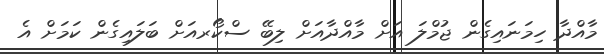
މާއްދާ ހިމަނައިގެން ޖުމްލަ އަށް މާއްދާއަށް ލިބޭ ސްކޯރއަށް ބަލައިގެން ކަމަށް އެ